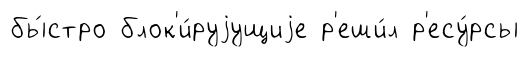
бы́стро блок'и́руjущиjе р'еши́л р'есу́рсы